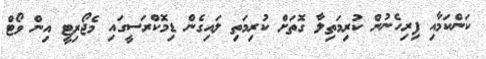
ކަންކަމާއި ފިރިހެނުން ކުރިމަތިލާ ގޮތަށް ކުރިމަތި ލައިގެން ޑިމޮކްރަސީގައި މެޖޯރިޓީ އިން ވޯޓް